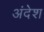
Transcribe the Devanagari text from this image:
अंदेश